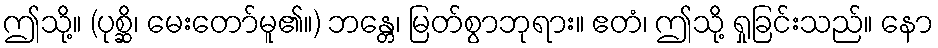
ဤသို့။ (ပုစ္ဆိ၊ မေးတော်မူ၏။) ဘန္တေ၊ မြတ်စွာဘုရား။ ဧတံ၊ ဤသို့ ရှုခြင်းသည်။ နော